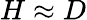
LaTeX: H\approx D